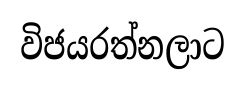
විජයරත්නලාට